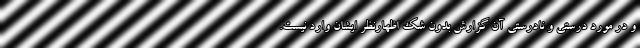
و در مورد درستی و نادرستی آن گزارش بدون شک اظهارنظر ایشان وارد نیست.